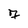
Character: 7